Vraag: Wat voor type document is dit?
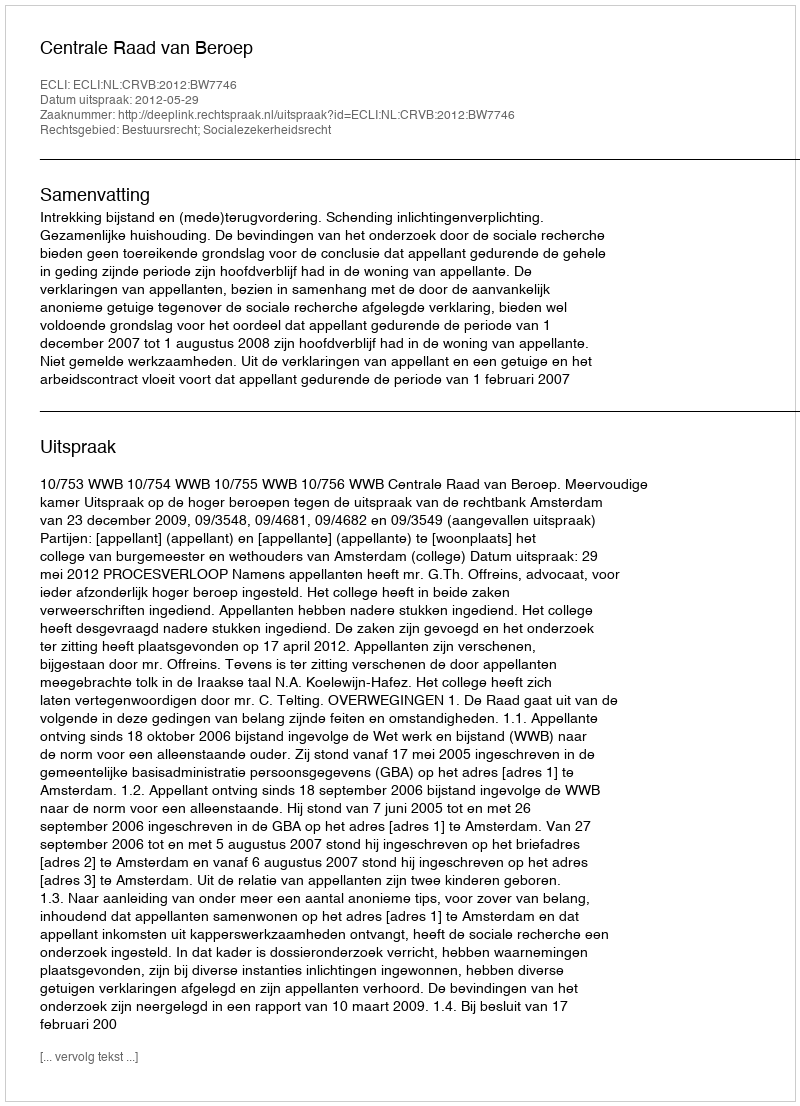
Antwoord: Uitspraak